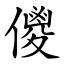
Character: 儍